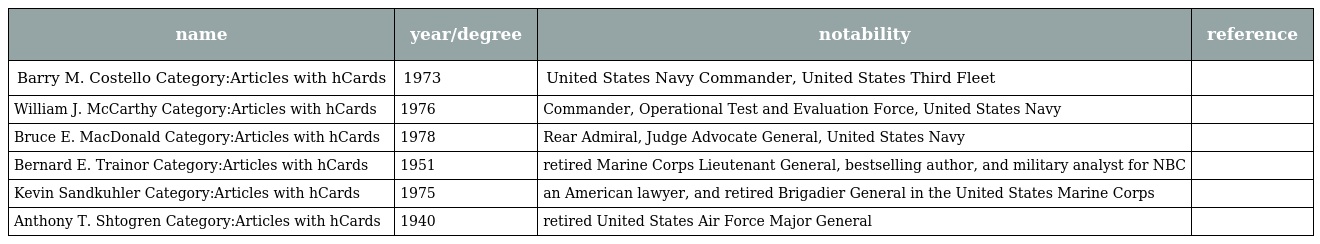
| name | year/degree | notability | reference |
 | --- | --- | --- | --- |
 | Barry M. Costello Category:Articles with hCards | 1973 | United States Navy Commander, United States Third Fleet |  |
 | William J. McCarthy Category:Articles with hCards | 1976 | Commander, Operational Test and Evaluation Force, United States Navy |  |
 | Bruce E. MacDonald Category:Articles with hCards | 1978 | Rear Admiral, Judge Advocate General, United States Navy |  |
 | Bernard E. Trainor Category:Articles with hCards | 1951 | retired Marine Corps Lieutenant General, bestselling author, and military analyst for NBC |  |
 | Kevin Sandkuhler Category:Articles with hCards | 1975 | an American lawyer, and retired Brigadier General in the United States Marine Corps |  |
 | Anthony T. Shtogren Category:Articles with hCards | 1940 | retired United States Air Force Major General |  |